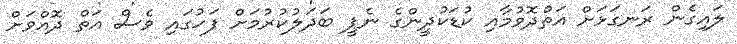
ލައިގެން ރަނގަޅަށް އަތްދޮވުމާއި ކުޑަކުދީންގެ ނެޕީ ބަދަލުކުރުމަށް ފަހުގައި ވެސް އަތް ދޮއްވަށް